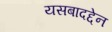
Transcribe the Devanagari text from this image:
यसबादद्देन